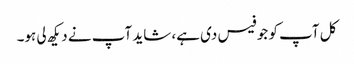
کل آپ کو جو فیس دی ہے، شاید آپ نے دیکھ لی ہو۔